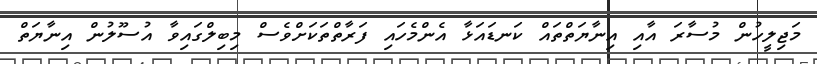
މަޖިލީހުން މުސާރަ އާއި އިނާޔަތްތައް ކަނޑައަޅާ އެންމެހައި ފަރާތްތަކަށްވެސް މިބިލްގައިވާ އުސޫލުން އިނާޔަތް